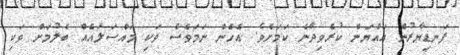
ފަނޑިޔާރުން އައްޔަން ކުރެވިދާނެ ކަމަށެވެ. އެހެން ނަމަވެސް ވަކި މައްސަލައެއް ބެލުމަށް ވަކި